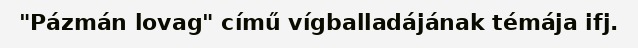
"Pázmán lovag" című vígballadájának témája ifj.